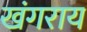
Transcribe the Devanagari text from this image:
खंगराय